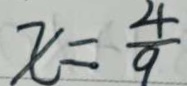
x = \frac { 4 } { 9 }